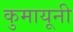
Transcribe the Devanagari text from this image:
कुमायूनी